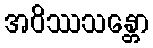
အဝိဿသန္တော